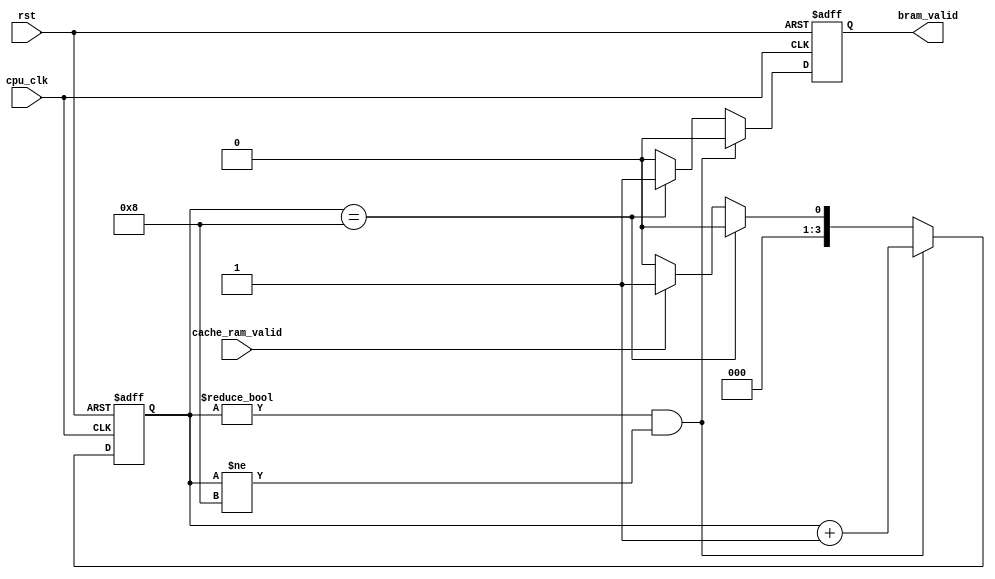
`timescale 1ns / 1ps
//////////////////////////////////////////////////////////////////////////////////
// Company: 
// Engineer: 
// 
// Design Name: 
// Module Name: Bram
// Project Name: 
// Target Devices: 
// Tool Versions: 
// Description: 
// 
// Dependencies: 
// 
// Revision:
// Revision 0.01 - File Created
// Additional Comments:
// 
//////////////////////////////////////////////////////////////////////////////////


module Bram(
input cpu_clk,
input rst,
input cache_ram_valid,
output reg bram_valid
    );

reg [3:0] ram_counter;

always @ (posedge cpu_clk or posedge rst)
begin
    if(rst)
    begin
        ram_counter <= 4'b0;
        bram_valid <= 1'b0;
    end
    
    else
    begin
        if(ram_counter != 4'b0 && ram_counter != 4'h8)
        begin
            ram_counter <= ram_counter + 4'b1;
            bram_valid <= 1'b0;
        end
            
        else if(ram_counter == 4'h8)
        begin
            ram_counter <= 4'b0;
            bram_valid <= 1'b1;
        end
            
        else if(cache_ram_valid)
        begin
            ram_counter <= 4'b1;
            bram_valid <= 1'b0;
        end
        
        else
        begin
            ram_counter <= 4'b0;
            bram_valid <= 1'b0;
        end
    end
end

endmodule